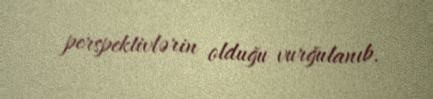
perspektivlərin olduğu vurğulanıb.